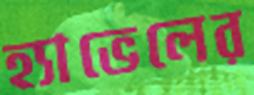
হ্যাভেলের